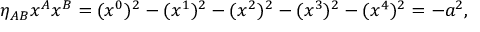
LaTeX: \eta _ { A B } x ^ { A } x ^ { B } = ( x ^ { 0 } ) ^ { 2 } - ( x ^ { 1 } ) ^ { 2 } - ( x ^ { 2 } ) ^ { 2 } - ( x ^ { 3 } ) ^ { 2 } - ( x ^ { 4 } ) ^ { 2 } = - a ^ { 2 } ,